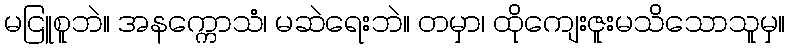
မငြူစူဘဲ။ အနက္ကောသံ၊ မဆဲရေးဘဲ။ တမှာ၊ ထိုကျေးဇူးမသိသောသူမှ။